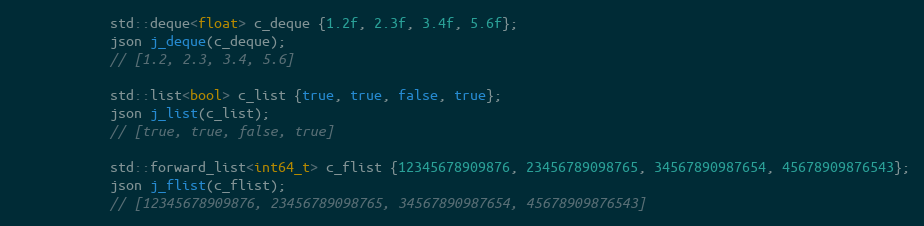
Language: C++
            std::deque<float> c_deque {1.2f, 2.3f, 3.4f, 5.6f};
            json j_deque(c_deque);
            // [1.2, 2.3, 3.4, 5.6]

            std::list<bool> c_list {true, true, false, true};
            json j_list(c_list);
            // [true, true, false, true]

            std::forward_list<int64_t> c_flist {12345678909876, 23456789098765, 34567890987654, 45678909876543};
            json j_flist(c_flist);
            // [12345678909876, 23456789098765, 34567890987654, 45678909876543]